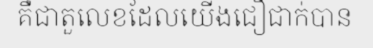
គឺជាតួលេខដែលយើងជឿជាក់បាន